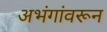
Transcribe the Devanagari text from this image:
अभंगांवरून